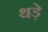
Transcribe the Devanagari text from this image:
थड़े